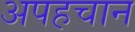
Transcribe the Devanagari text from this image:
अपहचान